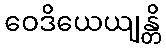
ဝေဒိယေယျန္တိ